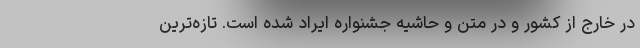
در خارج از کشور و در متن و حاشیه جشنواره ایراد شده است. تازه‌ترین